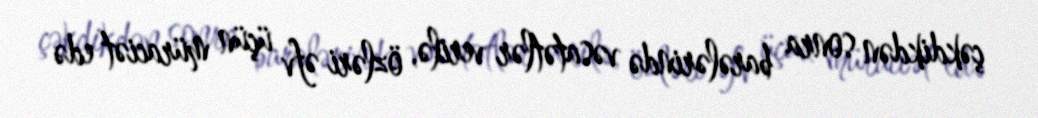
çəkdikdən sonra barələrində vəsatətlər verilə, özləri əfv üçün müraciət edə